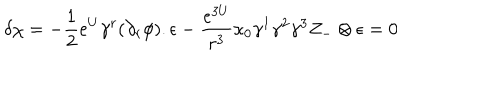
\delta \chi = - { \frac { 1 } { 2 } } e ^ { U } \gamma ^ { r } ( \partial _ { r } \phi ) . \epsilon - { \frac { e ^ { 3 U } } { r ^ { 3 } } } \kappa _ { 0 } \gamma ^ { 1 } \gamma ^ { 2 } \gamma ^ { 3 } Z _ { - } \otimes \epsilon = 0